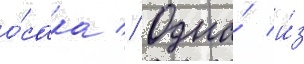
о́сака // Одна́ и́з